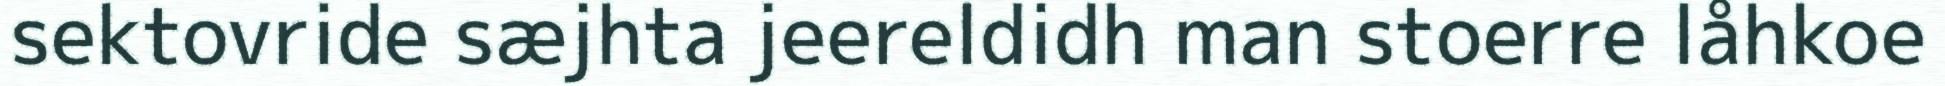
sektovride sæjhta jeereldidh man stoerre låhkoe